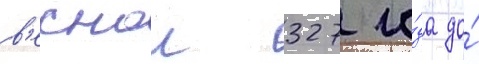
в'еснои 327 го́да до́